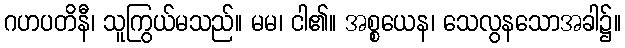
ဂဟပတိနီ၊ သူကြွယ်မသည်။ မမ၊ ငါ၏။ အစ္စယေန၊ သေလွနသောအခါ၌။